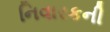
નિવારકની